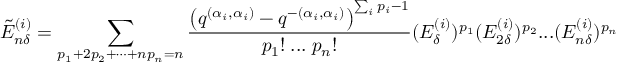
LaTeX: \tilde { E } _ { n \delta } ^ { ( i ) } = \sum _ { p _ { 1 } + 2 p _ { 2 } + \cdots + n p _ { n } = n } \frac { \left( q ^ { ( \alpha _ { i } , \alpha _ { i } ) } - q ^ { - ( \alpha _ { i } , \alpha _ { i } ) } \right) ^ { \sum _ { i } p _ { i } - 1 } } { p _ { 1 } ! \; . . . \; p _ { n } ! } ( E _ { \delta } ^ { ( i ) } ) ^ { p _ { 1 } } ( E _ { 2 \delta } ^ { ( i ) } ) ^ { p _ { 2 } } . . . ( E _ { n \delta } ^ { ( i ) } ) ^ { p _ { n } }